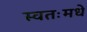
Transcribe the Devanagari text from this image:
स्वतःमधे